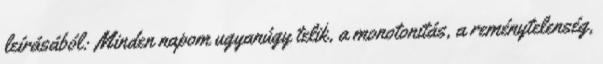
leírásából: Minden napom ugyanúgy telik, a monotonitás, a reménytelenség,